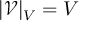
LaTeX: | { \mathcal { V } } | _ { V } = V